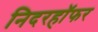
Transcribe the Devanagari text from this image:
निदरहॉफर